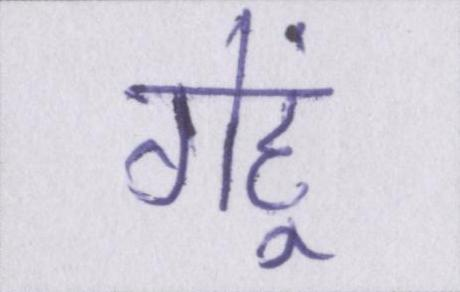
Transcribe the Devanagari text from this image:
गेहूं